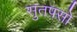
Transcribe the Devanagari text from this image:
सुतपसो